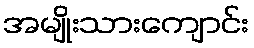
အမျိုးသားကျောင်း